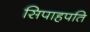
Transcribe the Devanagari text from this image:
सिपाहपति